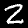
Label: 2